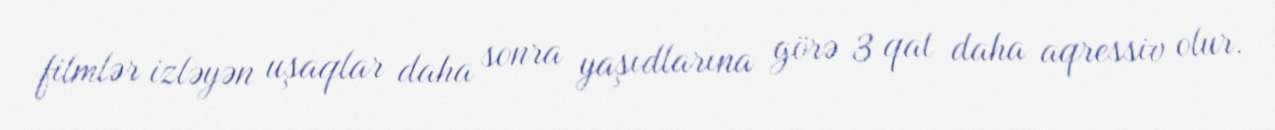
filmlər izləyən uşaqlar daha sonra yaşıdlarına görə 3 qat daha aqressiv olur.